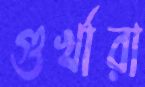
গুর্খারা